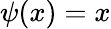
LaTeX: \psi(x)=x